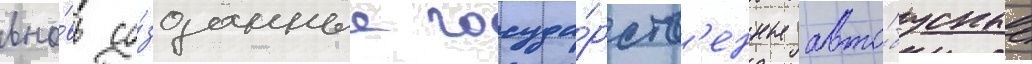
вно́вь со́зданные госуда́рств'енные авто́бусные